Civil Veterinary Department. Madras. Admin. report 1926-33 - 1926-1933
Year: 1926
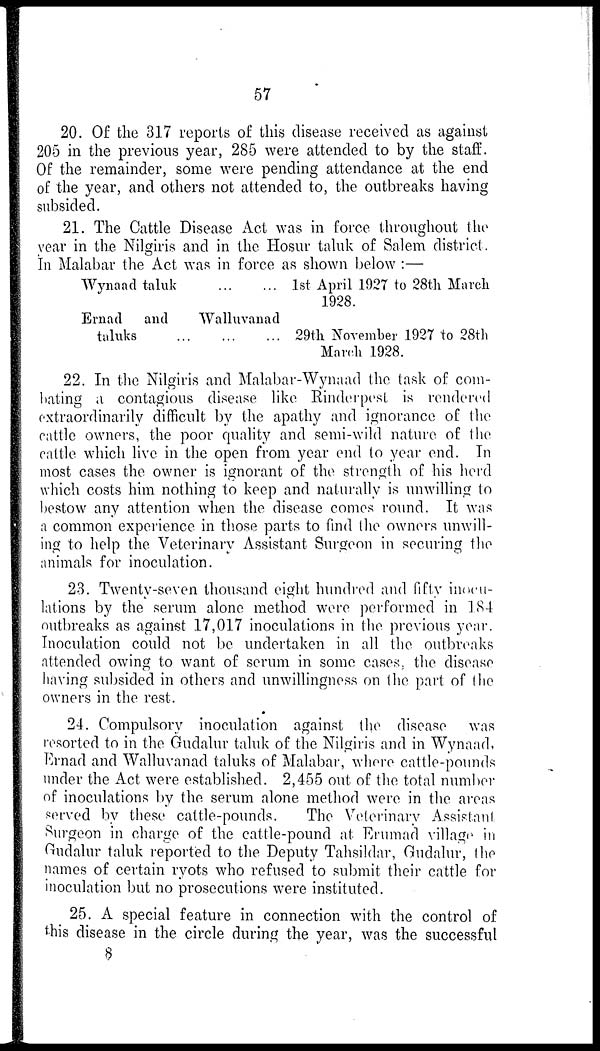
57
20. Of the 317 reports of this disease received as against
205 in the previous year, 285 were attended to by the staff.
Of the remainder, some were pending attendance at the end
of the year, and others not attended to, the outbreaks having
subsided.
21. The Cattle Disease Act was in force throughout the
year in the Nilgiris and in the Hosur taluk of Salem district.
In Malabar the Act was in force as shown below:—
Wynaad taluk
Ernad and
taluks ...
... ... 1st April 1927 to 28th March
1928.
Walluvanad
... ... 29th November 1927 to 28th
March 1928.
22. In the Nilgiris and Malabar-Wynaad the task of com-
hating a contagious disease like Rinderpest is rendered
extraordinarily difficult by the apathy and ignorance of the
cattle owners, the poor quality and semi-wild nature of the
cattle which live in the open from year end to year end. In
most cases the owner is ignorant of the strength of his herd
which costs him nothing to keep and naturally is unwilling to
bestow any attention when the disease comes round. It was
a common experience in those parts to find the owners unwill-
ing to help the Veterinary Assistant Surgeon in securing the
animals for inoculation.
23. Twenty-seven thousand eight hundred and fifty inocu-
lations by the serum alone method were performed in 184
outbreaks as against 17,017 inoculations in the previous year.
Inoculation could not be undertaken in all the outbreaks
attended owing to want of serum in some cases, the disease
having subsided in others and unwillingness on the part of the
owners in the rest.
24. Compulsory inoculation against the disease was
resorted to in the Gudalur taluk of the Nilgiris and in Wynaad,
Ernad and Walluvanad taluks of Malabar, where cattle-pounds
under the Act were established. 2,455 out of the total number
of inoculations by the serum alone method were in the areas
served by these cattle-pounds.
The Veterinary Assistant
Surgeon in charge of the cattle-pound at Erumad village in
Gudalur taluk reported to the Deputy Tahsildar, Gudalur, the
names of certain ryots who refused to submit their cattle for
inoculation but no prosecutions were instituted.
25. A special feature in connection with the control of
this disease in the circle during the year, was the successful
8